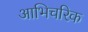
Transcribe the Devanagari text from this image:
आभिचरिक